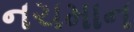
નચમાન